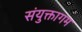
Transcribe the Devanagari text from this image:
संयुक्तागम